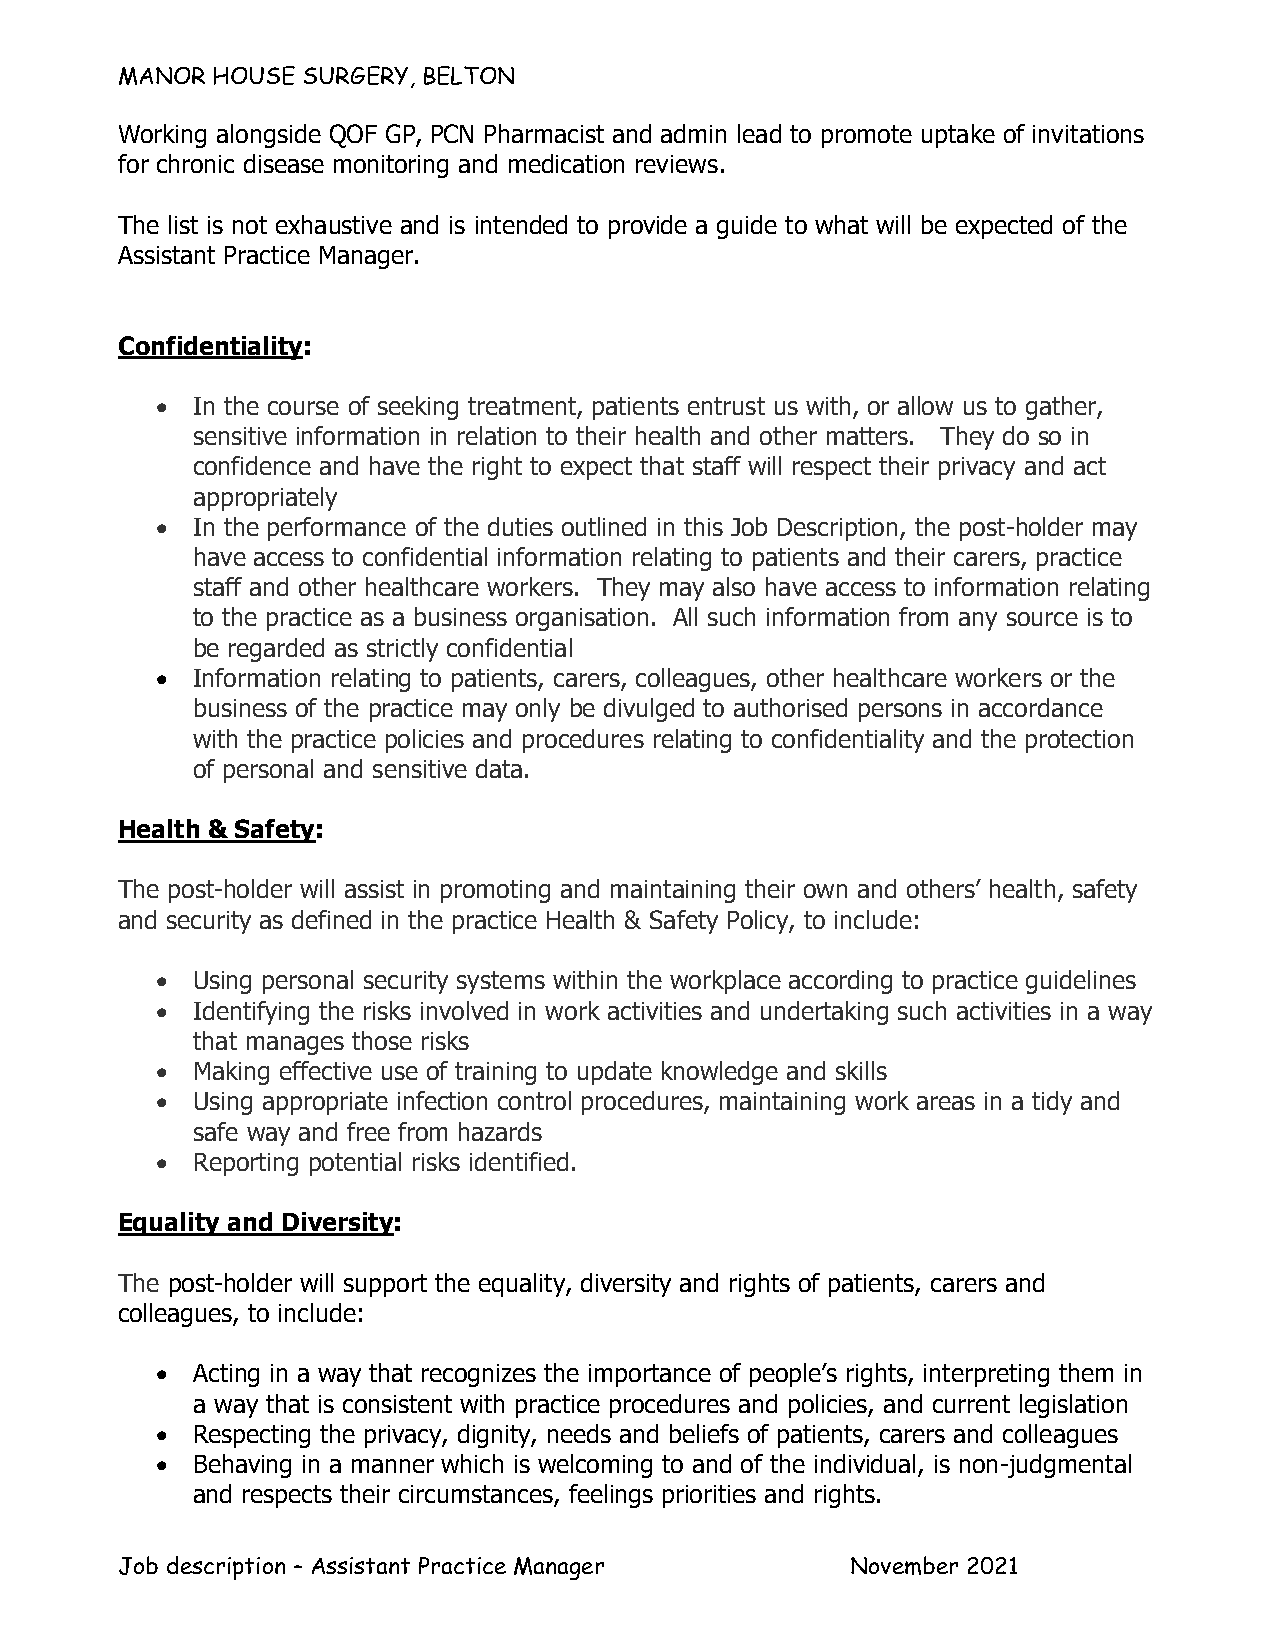
MANOR HOUSE SURGERY, BELTON
 Working alongside QOF GP, PCN Pharmacist and admin lead to promote uptake of invitations
 for chronic disease monitoring and medication reviews.
 The list is not exhaustive and is intended to provide a guide to what will be expected of the
 Assistant Practice Manager.
 Confidentiality:
 •  In the course of seeking treatment, patients entrust us with, or allow us to gather,
 sensitive information in relation to their health and other matters. They do so in
 confidence and have the right to expect that staff will respect their privacy and act
 appropriately
 •  In the performance of the duties outlined in this Job Description, the post-holder may
 have access to confidential information relating to patients and their carers, practice
 staff and other healthcare workers. They may also have access to information relating
 to the practice as a business organisation. All such information from any source is to
 be regarded as strictly confidential
 •  Information relating to patients, carers, colleagues, other healthcare workers or the
 business of the practice may only be divulged to authorised persons in accordance
 with the practice policies and procedures relating to confidentiality and the protection
 of personal and sensitive data.
 Health & Safety:
 The post-holder will assist in promoting and maintaining their own and others’ health, safety
 and security as defined in the practice Health & Safety Policy, to include:
 •  Using personal security systems within the workplace according to practice guidelines
 •  Identifying the risks involved in work activities and undertaking such activities in a way
 that manages those risks
 •  Making effective use of training to update knowledge and skills
 •  Using appropriate infection control procedures, maintaining work areas in a tidy and
 safe way and free from hazards
 •  Reporting potential risks identified.
 Equality and Diversity:
 The post-holder will support the equality, diversity and rights of patients, carers and
 colleagues, to include:
 •  Acting in a way that recognizes the importance of people’s rights, interpreting them in
 a way that is consistent with practice procedures and policies, and current legislation
 •  Respecting the privacy, dignity, needs and beliefs of patients, carers and colleagues
 •  Behaving in a manner which is welcoming to and of the individual, is non-judgmental
 and respects their circumstances, feelings priorities and rights.
 Job description – Assistant Practice Manager    November 2021